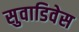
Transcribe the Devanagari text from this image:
सुवाडिवेस